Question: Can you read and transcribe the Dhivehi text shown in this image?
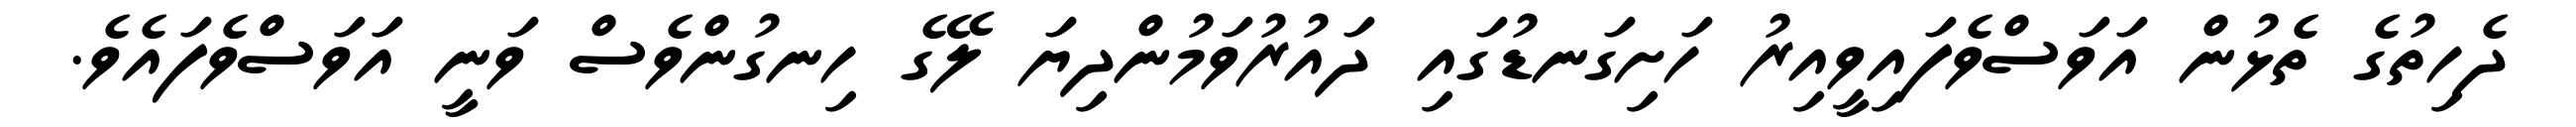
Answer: ދެހިތުގެ ތެޅުން އަވަސްވެފައިވީއިރު ހަށިގަނޑުގައި ދައުރުވަމުންދިޔަ ލޭގެ ހިނގުންވެސް ވަނީ އަވަސްވެފައެވެ.